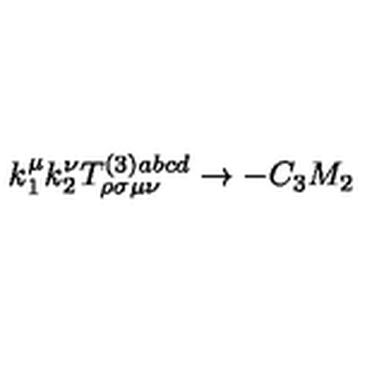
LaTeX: k _ { 1 } ^ { \mu } k _ { 2 } ^ { \nu } T _ { \rho \sigma \mu \nu } ^ { ( 3 ) a b c d } \rightarrow - C _ { 3 } M _ { 2 }